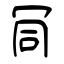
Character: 𠖄